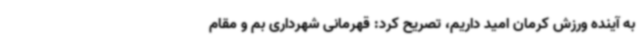
به آینده ورزش کرمان امید داریم، تصریح کرد: قهرمانی شهرداری بم و مقام